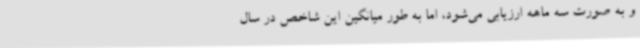
و به صورت سه ماهه ارزیابی می‌شود، اما به طور میانگین این شاخص در سال